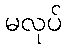
မလုပ်